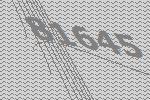
81645